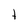
Character: t